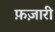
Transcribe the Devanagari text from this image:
फ़ज़ारी